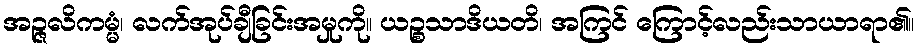
အဉ္ဇလိကမ္မံ၊ လက်အုပ်ချီခြင်းအမှုကို။ ယဉ္စသာဒိယတိ၊ အကြင် ကြောင့်လည်းသာယာရာ၏။